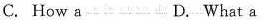
C. How a D. What a